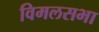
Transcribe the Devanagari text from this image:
विमलसभा